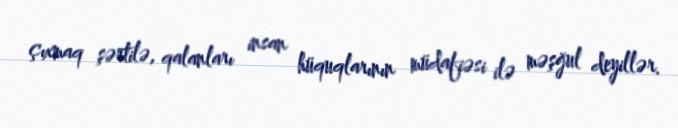
çıxmaq şərtilə, qalanları insan hüquqlarının müdafiəsi ilə məşğul deyillər.